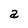
Character: a